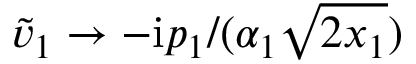
\widetilde { v } _ { 1 } \rightarrow - \mathrm { i } p _ { 1 } / ( \alpha _ { 1 } \sqrt { 2 x _ { 1 } } )